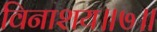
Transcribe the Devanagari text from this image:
विनाशय॥७॥